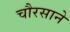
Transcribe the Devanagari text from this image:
चौरसाने